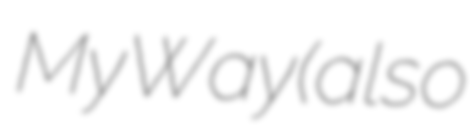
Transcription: My Way (also